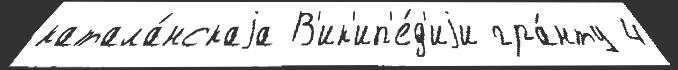
катала́нскаjа В'ик'ип'е́д'иjи гра́нту 4